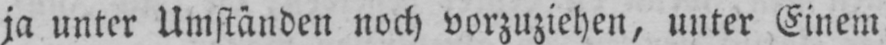
ja unter Umständen noch vorzuziehen, unter Einem